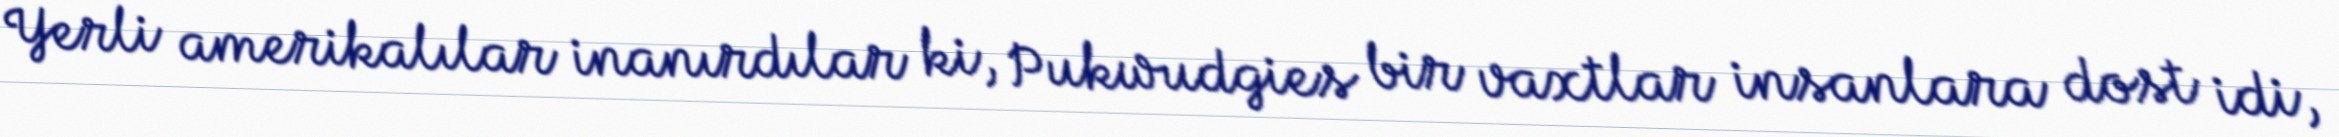
Yerli amerikalılar inanırdılar ki, Pukwudgies bir vaxtlar insanlara dost idi,